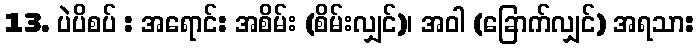
13. ပဲပိစပ် : အရောင်: အစိမ်း (စိမ်းလျှင်)၊ အဝါ (ခြောက်လျှင်) အရသာ: